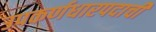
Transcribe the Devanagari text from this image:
उपकर्णधारपदाची